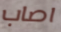
اصاب